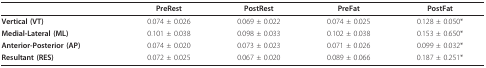
<table><thead><tr><td></td><td><b>PreRest</b></td><td><b>PostRest</b></td><td><b>PreFat</b></td><td><b>PostFat</b></td></tr></thead><tbody><tr><td><b>Vertical (VT)</b></td><td>0.074 ± 0.026</td><td>0.069 ± 0.022</td><td>0.074 ± 0.025</td><td>0.128 ± 0.050*</td></tr><tr><td><b>Medial-Lateral (ML)</b></td><td>0.101 ± 0.038</td><td>0.098 ± 0.033</td><td>0.102 ± 0.038</td><td>0.153 ± 0.650*</td></tr><tr><td><b>Anterior-Posterior (AP)</b></td><td>0.074 ± 0.020</td><td>0.073 ± 0.023</td><td>0.071 ± 0.026</td><td>0.099 ± 0.032*</td></tr><tr><td><b>Resultant (RES)</b></td><td>0.072 ± 0.025</td><td>0.067 ± 0.020</td><td>0.089 ± 0.066</td><td>0.187 ± 0.251*</td></tr></tbody></table>